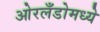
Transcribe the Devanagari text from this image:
ओरलँडोमध्ये